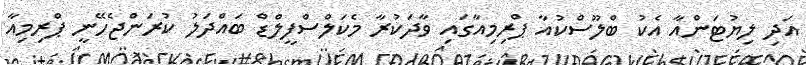
އަދި ލިޔުޓަންއާ އެކު ބްލޫސްކުއާ ޕްރިމިއާގައި ވާދަކުރާ މެކަލްސްފީލްޑް ބައްދަލު ކުރަންޖެހޭނީ ޕްރިމިއާ